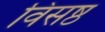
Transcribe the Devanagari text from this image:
विसष्ठ